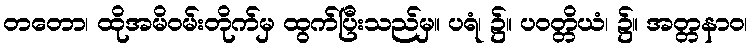
တတော၊ ထိုအမိဝမ်းတိုက်မှ ထွက်ပြီးသည်မှ။ ပရံ၊ ၌။ ပဝတ္တိယံ၊ ၌။ အတ္တနာဝ၊